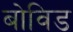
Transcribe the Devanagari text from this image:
बोविड